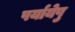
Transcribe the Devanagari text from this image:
पर्यायेषु